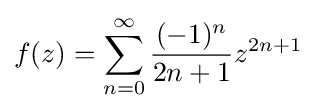
f(z)=\sum _{n=0}^{\infty }{\frac {(-1)^{n}}{2n+1}}z^{2n+1}